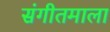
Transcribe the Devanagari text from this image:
संगीतमाला